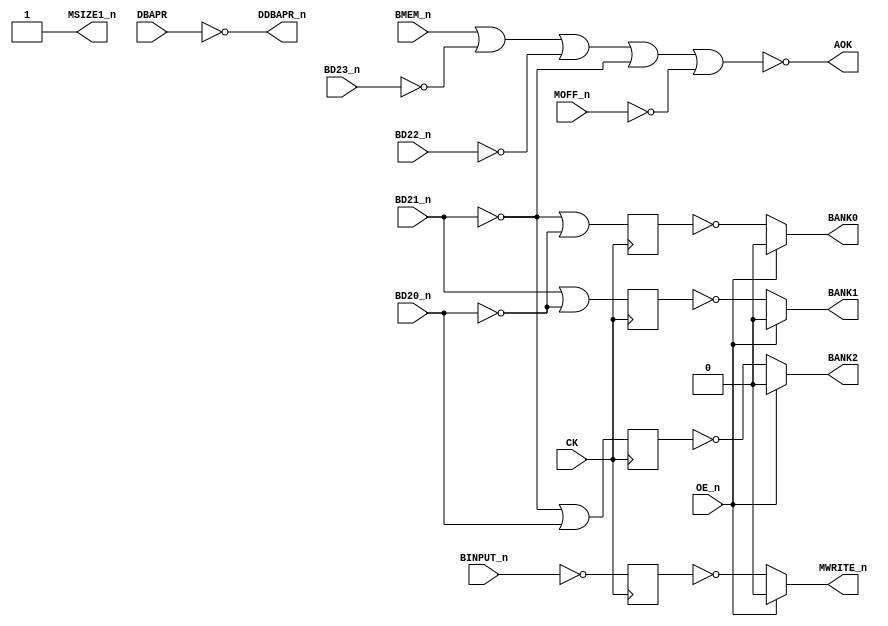
// PAL16R4
// ADGD 18/8/86
// 44446B, 6G, BADEC
// DMA ADDRESS DECODE FOR 4MB MEMORY

// PCB 3202D sheet 45:
//
// PAL input signal BGNT_n is connected to PAL OE_n pin
//     input signal DBAPR is connectec to PAL CK pin (AND I0)


module PAL_44446B(
    input CK,           // Clock signal (connected to DBAPR)
    input OE_n,         // OUTPUT ENABLE (active-low) for Q0-Q3 (connected to BGNT_n)

    input DBAPR,        // I0 - DBAPR
    input MOFF_n,       // I1 - MOFF_n
    input BINPUT_n,     // I2 - IBINPUT_n 
    input BMEM_n,       // I3 - BMEM_n
    input BD20_n,       // I4 - BD20_n 
    input BD21_n,       // I5 - BD21_n
    input BD22_n,       // I6 - BD22_n
    input BD23_n,       // I7 - BD23_n                       
                    
    output AOK,         // B0_n - AOK
    output DDBAPR_n,    // B1_n - DDBAPR_n 
    output MSIZE1_n,    // B2_n - MSIZE1_n (not connected?)
//  input  BD19_n,      // B3_n - BD19_n (not in use)

    output BANK2,       // Q0_n - BANK2
    output BANK1,       // Q1_n - BANK1
    output BANK0,       // Q2_n - BANK0
    output MWRITE_n     // Q3_n - MWRITE_n
);

// Inverted input signals
wire DBAPR_n = ~DBAPR;
wire BD20 = ~BD20_n;
wire BD21 = ~BD21_n;
wire BD22 = ~BD22_n;
wire BD23 = ~BD23_n;
wire MOFF = ~MOFF_n;    
wire BINPUT = ~BINPUT_n;


// Internal registers
reg BANK0_n_reg;
reg BANK1_n_reg;
reg BANK2_n_reg;
reg MWRITE_reg;


//**** Sequential logic triggered on the rising edge of CLK ****
always @(posedge CK) begin   

    // Logic for BANK0, BANK1, BANK2
    BANK0_n_reg <= BD21 | BD20;
    BANK2_n_reg <= BD21 | BD20_n;
    BANK1_n_reg <= BD21_n | BD20;

    // Logic for MWRITE
    MWRITE_reg <= BINPUT;

end

// Tri-state control for Q outputs
// High-impedance state when OE_n is high (active-low)
assign BANK2 = OE_n ? 1'b0 : ~BANK2_n_reg;
assign BANK1 = OE_n ? 1'b0 : ~BANK1_n_reg;
assign BANK0 = OE_n ? 1'b0 : ~BANK0_n_reg;
assign MWRITE_n = OE_n ? 1'b0 : ~MWRITE_reg;


//**** Syncronous logic (always running) ****

// Logic for AOK
assign AOK = ~(BMEM_n | BD23 | BD22 | BD21 | MOFF); // 4 MB

// Logic for DDBAPR_n (active-low)
assign DDBAPR_n = DBAPR_n;


// MSIZE1 is always low (GND)
assign MSIZE1_n = 1; // Active-low representation of a constant low signal



endmodule

/*
DESCRIPTION

; 2/1-860LB: BOTH SIDES OF MWRITE EQUATION INVERTED
; 8/1-87JLB: NEW INPUT /MOFF TO DISBLE THE WHOLE MEMORY, BD18 AND BD19 REMOVED.
; 300387 JLB: BLRQ ASSUMED DATA HOLD TIME AFTER TRAILING EDGF OF BAPR !
; CHANGED TO AOK

; 180587 M3202B
; 060687 JLB: SWAPPED BANK1 AND BANK2 TO PROVIDE ENOUGH SPACE FOR PACKAGES.
*/